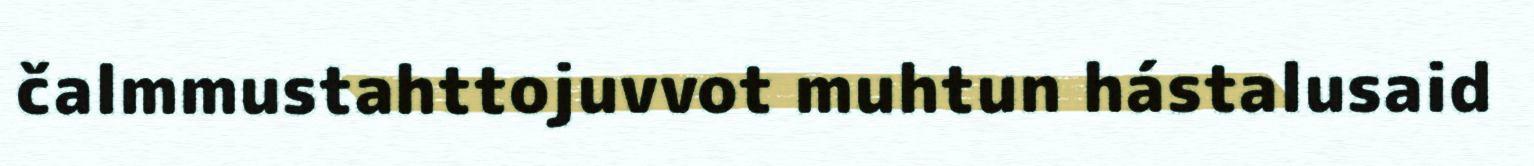
čalmmustahttojuvvot muhtun hástalusaid